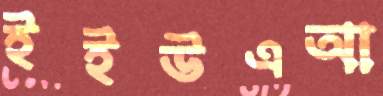
ইইউএআ